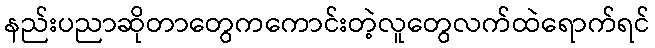
နည်းပညာဆိုတာတွေကကောင်းတဲ့လူတွေလက်ထဲရောက်ရင်